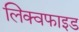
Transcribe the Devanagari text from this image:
लिक्वफाइड